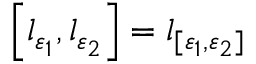
\left[ l _ { \varepsilon _ { 1 } } , l _ { \varepsilon _ { 2 } } \right] = l _ { [ \varepsilon _ { 1 } , \varepsilon _ { 2 } ] }